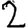
Digit: 2